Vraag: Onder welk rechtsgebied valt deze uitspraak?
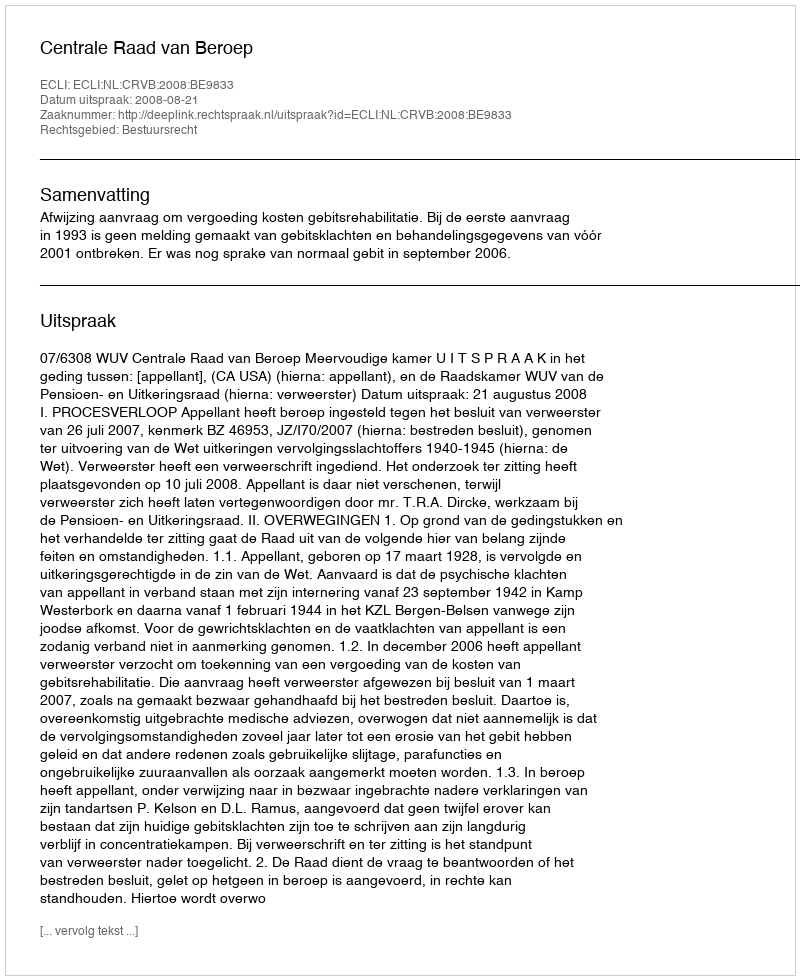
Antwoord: Bestuursrecht